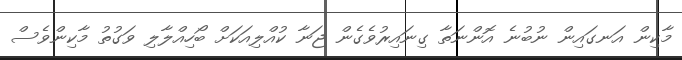
މާކިން އަނގައިން ނުބުނެ އޮންނަތާ ގިނައިރުވެގެން ޖަނާ ކުއްލިއަކަށް ބޯހިއްލާލި ވަގުތު މާކިންވެސް